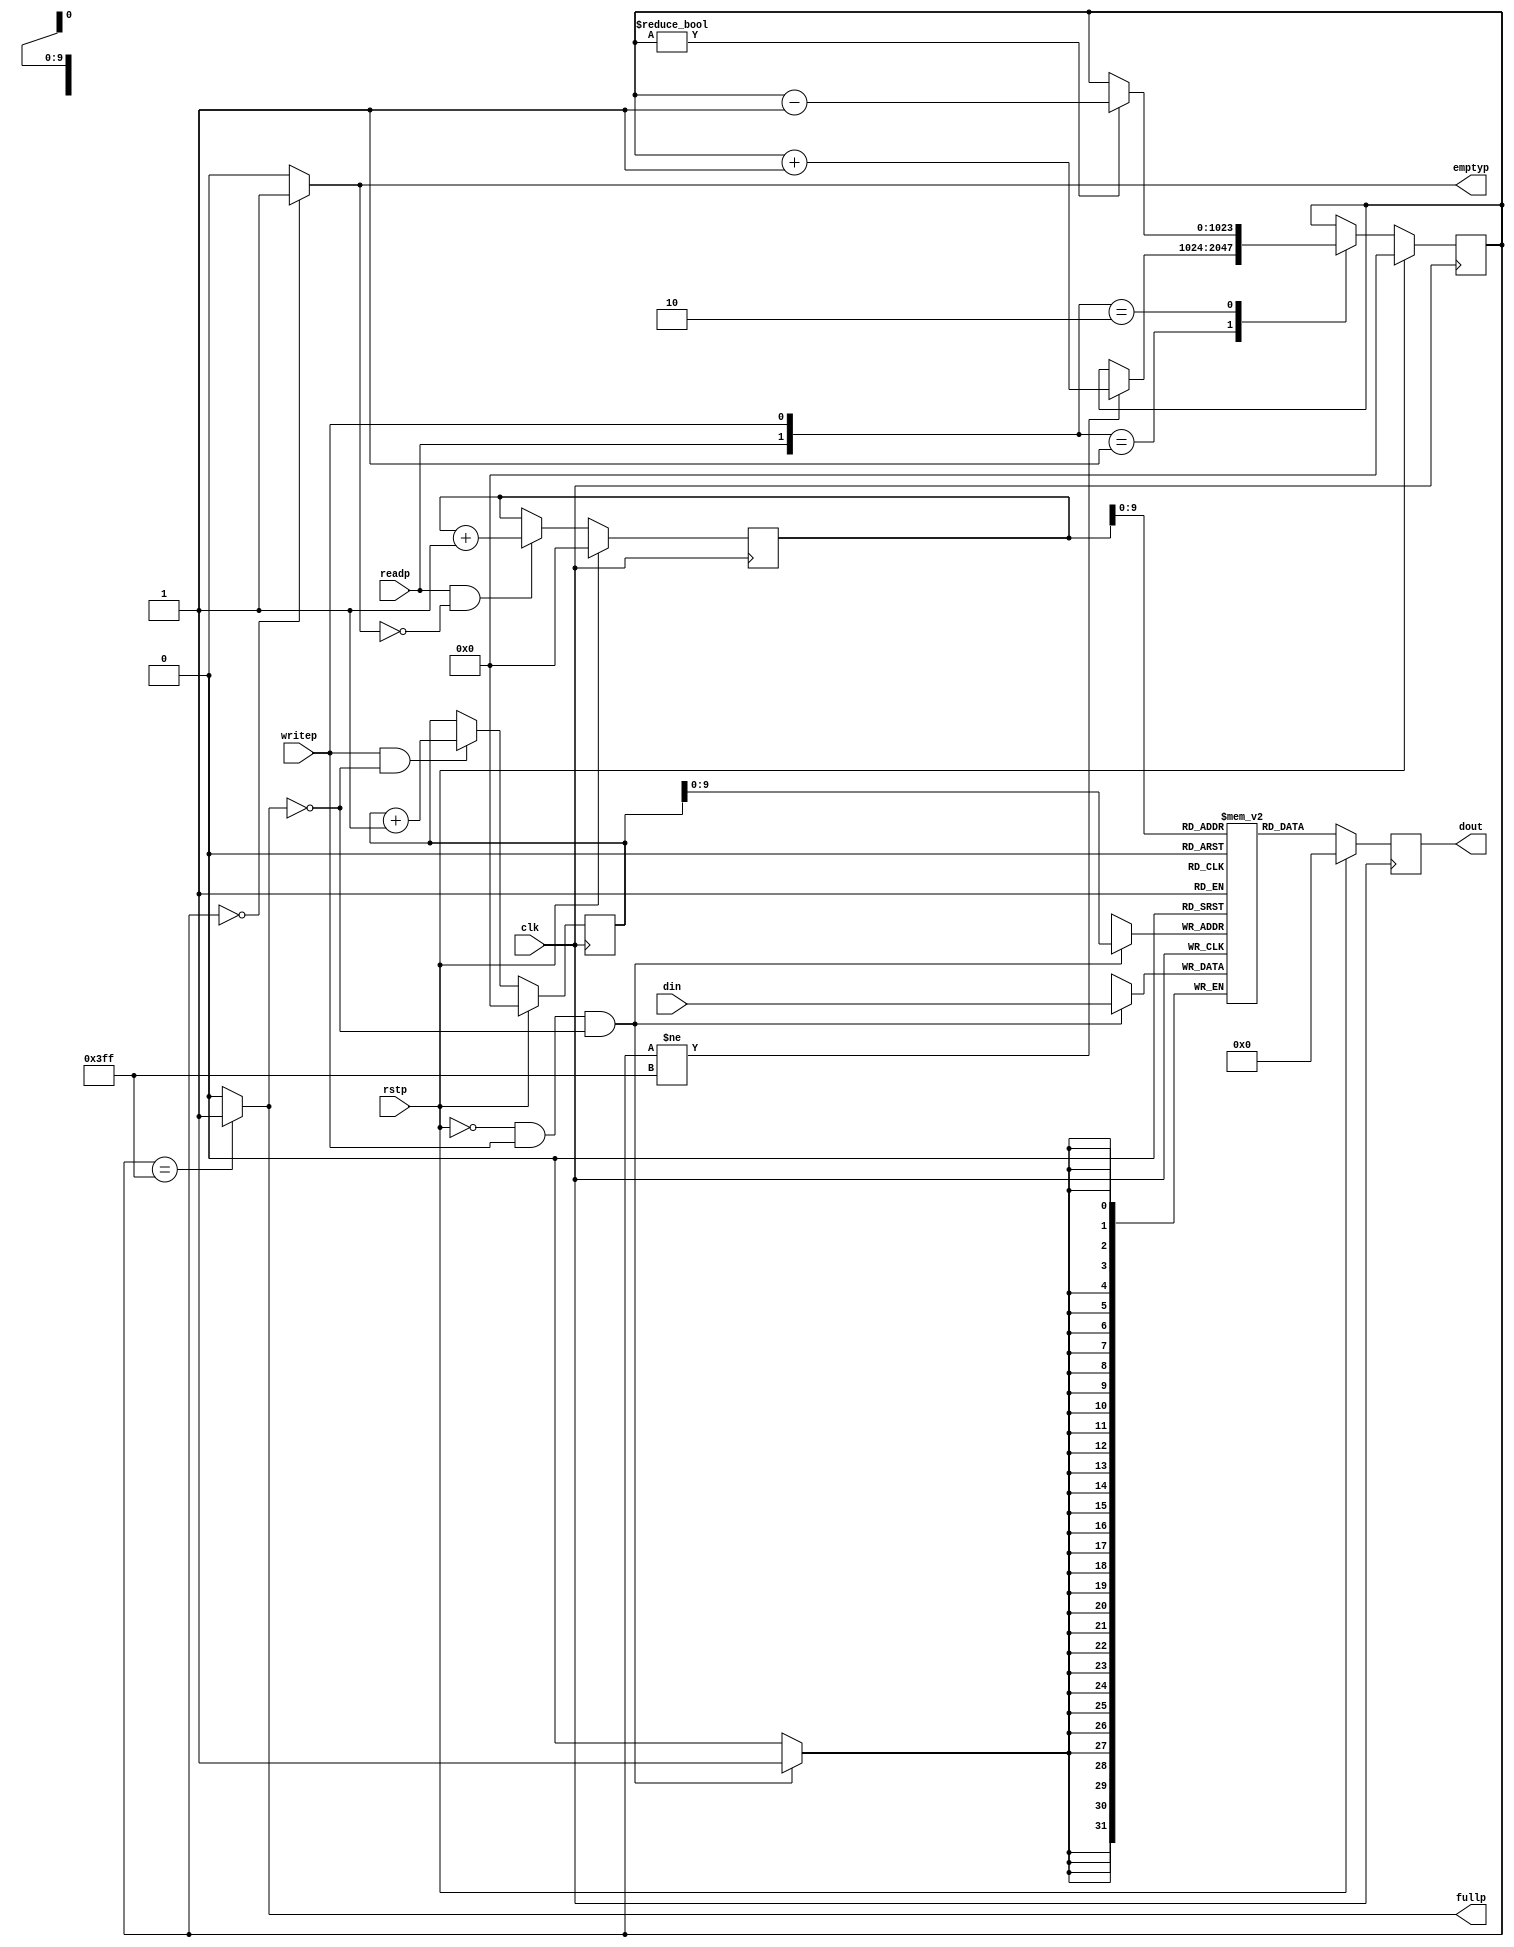
module fifo (
   clk, 
   rstp, 
   din, 
   writep, 
   readp, 
   dout, 
   emptyp, 
   fullp);

input             clk;
input             rstp;
input [31:0]      din;
input             readp;
input             writep;
output [31:0]     dout;
output            emptyp;
output            fullp;

// Defines sizes in terms of bits.
//
parameter         DEPTH = 1024;               // 2 bits, e.g. 4 words in the FIFO.
parameter         MAX_COUNT = 10'b1111111111;  // topmost address in FIFO.

reg               emptyp;
reg               fullp;

// Registered output.
reg [31:0]        dout;

// Define the FIFO pointers.  A FIFO is essentially a circular queue.
//
reg [(DEPTH-1):0]        tail;
reg [(DEPTH-1):0]        head;

// Define the FIFO counter.  Counts the number of entries in the FIFO which
// is how we figure out things like Empty and Full.
//
reg [(DEPTH-1):0]        count;

// Define our regsiter bank.  This is actually synthesizable!
//
reg [31:0] fifomem[0:MAX_COUNT];

// Dout is registered and gets the value that tail points to RIGHT NOW.
//
always @(posedge clk) begin
   if (rstp == 1) begin
      dout <= 16'h0000;
   end
   else begin
      dout <= fifomem[tail];
   end
end 
     
// Update FIFO memory.
always @(posedge clk) begin
   if (rstp == 1'b0 && writep == 1'b1 && fullp == 1'b0) begin
      fifomem[head] <= din;
   end
end
                  
// Update the head register.
//
always @(posedge clk) begin
   if (rstp == 1'b1) begin
      head <= 2'b00;
   end
   else begin
      if (writep == 1'b1 && fullp == 1'b0) begin
         // WRITE
         head <= head + 1;
      end
   end
end

// Update the tail register.
//
always @(posedge clk) begin
   if (rstp == 1'b1) begin
      tail <= 2'b00;
   end
   else begin
      if (readp == 1'b1 && emptyp == 1'b0) begin
         // READ               
         tail <= tail + 1;
      end
   end
end

// Update the count regsiter.
//
always @(posedge clk) begin
   if (rstp == 1'b1) begin
      count <= 2'b00;
   end
   else begin
      case ({readp, writep})
         2'b00: count <= count;
         2'b01: 
            // WRITE
            if (count != MAX_COUNT) 
               count <= count + 1;
         2'b10: 
            // READ
            if (count != 2'b00)
               count <= count - 1;
         2'b11:
            // Concurrent read and write.. no change in count
            count <= count;
      endcase
   end
end

         
// *** Update the flags
//
// First, update the empty flag.
//
always @(count) begin
   if (count == 2'b00)
      emptyp <= 1'b1;
   else
      emptyp <= 1'b0;
end


// Update the full flag
//
always @(count) begin
   if (count == MAX_COUNT)
      fullp <= 1'b1;
   else
      fullp <= 1'b0;
end

endmodule